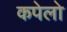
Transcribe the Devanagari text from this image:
कपेलो